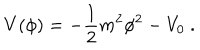
V ( \phi ) = - { \frac { 1 } { 2 } } m ^ { 2 } \phi ^ { 2 } - V _ { 0 } \ .